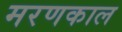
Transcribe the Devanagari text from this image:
मरणकाल